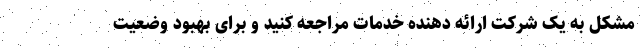
مشکل به یک شرکت ارائه دهنده خدمات مراجعه کنید و برای بهبود وضعیت